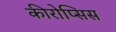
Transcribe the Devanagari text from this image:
कीरोप्सिस